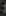
: